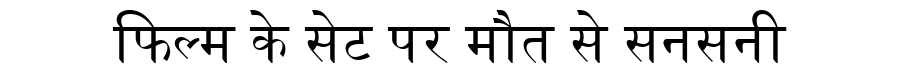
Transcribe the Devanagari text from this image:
फिल्म के सेट पर मौत से सनसनी